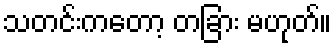
သတင်းကတော့ တခြား မဟုတ်။